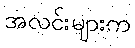
အလင်းများက